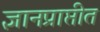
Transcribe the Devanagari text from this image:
ज्ञानप्राप्तीत